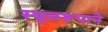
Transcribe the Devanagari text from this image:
स्थूलरूपाने